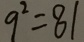
9 ^ { 2 } = 8 1